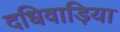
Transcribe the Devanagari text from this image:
दधिवाड़िया